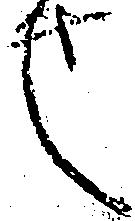
也